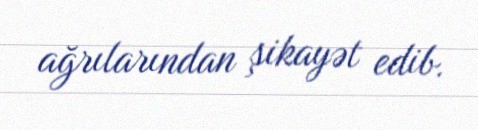
ağrılarından şikayət edib.